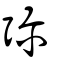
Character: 彌